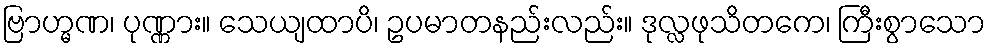
ဗြာဟ္မဏ၊ ပုဏ္ဏား။ သေယျထာပိ၊ ဥပမာတနည်းလည်း။ ဒုလ္လဖုသိတကေ၊ ကြီးစွာသော